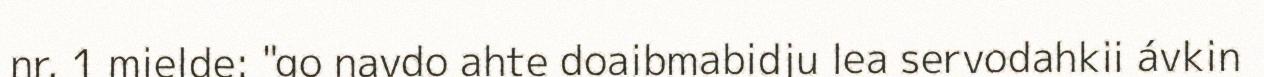
nr. 1 mielde: "go navdo ahte doaibmabidju lea servodahkii ávkin